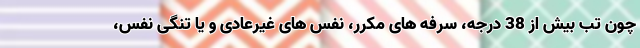
چون تب بیش از 38 درجه، سرفه های مکرر، نفس های غیرعادی و یا تنگی نفس،